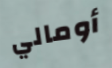
أومالي